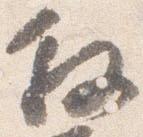
叙